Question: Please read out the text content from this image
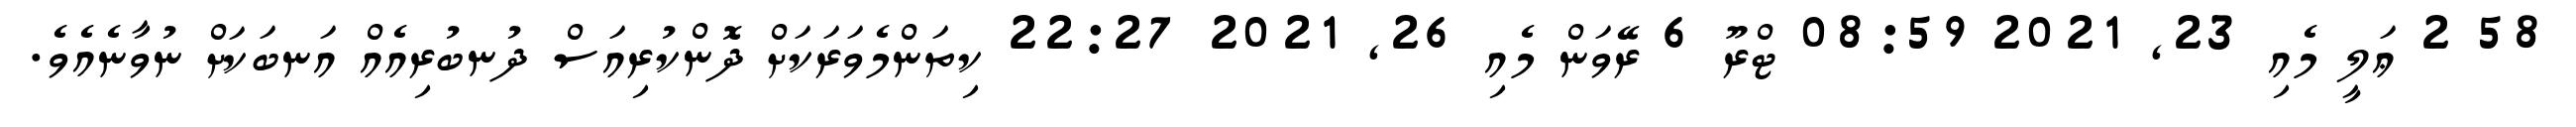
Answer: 58 2 ޢަލީ މެއި 23, 2021 08:59 ޓްރޫ 6 ރޭވަން މެއި 26, 2021 22:27 ކިތަންމެވަރަކަށް ދޮންކުރިއަސް ދުނބުރިއެއް އަނބަކަށް ނުވާނެއެވެ.